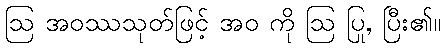
ဩ အဝဿသုတ်ဖြင့် အဝ ကို ဩ ပြု, ပြီး၏။